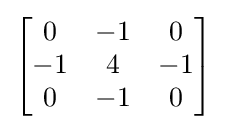
{\begin{bmatrix}0&-1&0\\-1&4&-1\\0&-1&0\end{bmatrix}}